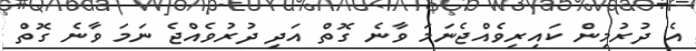
އެ ދުރުމިން ކައިރިވެއްޖެނަމަ ވާނެ ގޮތް އަދި ދުރުވެއްޖެ ނަމަ ވާނެ ގޮތް